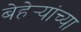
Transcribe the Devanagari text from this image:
बेहेर्‍यांच्या